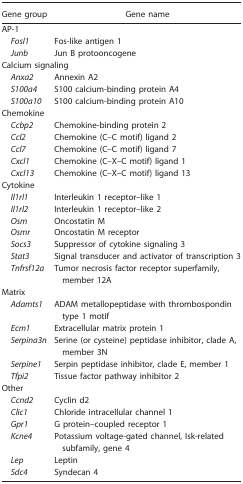
| Gene group | Gene name |
 | --- | --- |
 | <COLSPAN=2> AP-1 |
 | Fosl1 | Fos-like antigen 1 |
 | Junb | Jun B protooncogene |
 | <COLSPAN=2> Calcium signaling |
 | Anxa2 | Annexin A2 |
 | S100a4 | S100 calcium-binding protein A4 |
 | S100a10 | S100 calcium-binding protein A10 |
 | <COLSPAN=2> Chemokine |
 | Ccbp2 | Chemokine-binding protein 2 |
 | Ccl2 | Chemokine (C–C motif) ligand 2 |
 | Ccl7 | Chemokine (C–C motif) ligand 7 |
 | Cxcl1 | Chemokine (C–X–C motif) ligand 1 |
 | Cxcl13 | Chemokine (C–X–C motif) ligand 13 |
 | <COLSPAN=2> Cytokine |
 | Il1rl1 | Interleukin 1 receptor–like 1 |
 | Il1rl2 | Interleukin 1 receptor–like 2 |
 | Osm | Oncostatin M |
 | Osmr | Oncostatin M receptor |
 | Socs3 | Suppressor of cytokine signaling 3 |
 | Stat3 | Signal transducer and activator of transcription 3 |
 | Tnfrsf12a | Tumor necrosis factor receptor superfamily, member 12A |
 | <COLSPAN=2> Matrix |
 | Adamts1 | ADAM metallopeptidase with thrombospondin type 1 motif |
 | Ecm1 | Extracellular matrix protein 1 |
 | Serpina3n | Serine (or cysteine) peptidase inhibitor, clade A, member 3N |
 | Serpine1 | Serpin peptidase inhibitor, clade E, member 1 |
 | Tfpi2 | Tissue factor pathway inhibitor 2 |
 | <COLSPAN=2> Other |
 | Ccnd2 | Cyclin d2 |
 | Clic1 | Chloride intracellular channel 1 |
 | Gpr1 | G protein–coupled receptor 1 |
 | Kcne4 | Potassium voltage-gated channel, Isk-related subfamily, gene 4 |
 | Lep | Leptin |
 | Sdc4 | Syndecan 4 |